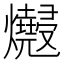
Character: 𱬮